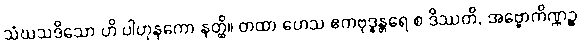
သံဃသဒိသော ဟိ ပါဟုနကော နတ္ထိ။ တထာ ဟေသ ဧကဗုဒ္ဓန္တရေ စ ဒိဿတိ, အဗ္ဗောကိဏ္ဏဉ္စ